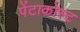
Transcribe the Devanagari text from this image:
पेंटाकोस्ट